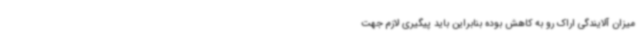
میزان آلایندگی اراک رو به کاهش بوده بنابراین باید پیگیری لازم جهت